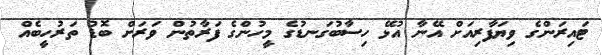
ޓައިރަންގެ ވިޔަފާރިއަށް އޭނާ އުޅޭ ހިސާބުގަނޑުގެ މީހުންގެ ފަރާތުން ވަރަށް ބޮޑު ތަރުހީބެއް